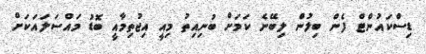
ޑިސްކައުންޓް ފެން ބިލުން ލިބޭނެ ކަމަށް ބުނިއިތު މިއީ އިޖުތިމާއީ ބޮޑު މައްސަލައަކަށް